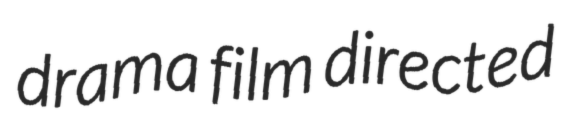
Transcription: drama film directed